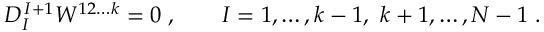
D _ { I } ^ { \, I + 1 } W ^ { 1 2 \ldots k } = 0 \; , \qquad I = 1 , \ldots , k - 1 , \ k + 1 , \ldots , N - 1 \; .